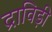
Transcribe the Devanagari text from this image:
द्राविड़ी